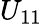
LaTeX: U_{11}